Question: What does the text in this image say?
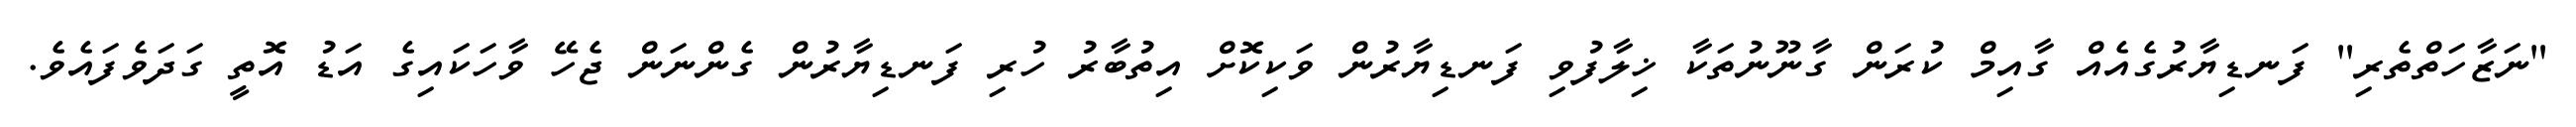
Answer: "ނަޒާހަތްތެރި" ފަނޑިޔާރުގެއެއް ގާއިމް ކުރަން ގާނޫނުތަކާ ޚިލާފުވި ފަނޑިޔާރުން ވަކިކޮށް އިތުބާރު ހުރި ފަނޑިޔާރުން ގެންނަން ޖެހޭ ވާހަކައިގެ އަޑު އޮތީ ގަދަވެފައެވެ.